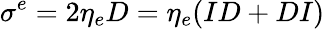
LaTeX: \sigma^{e}=2\eta_{e}D=\eta_{e}(ID+DI)